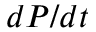
d P / d t